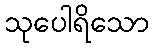
သုပေါရိသော